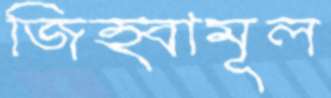
জিহ্বামূল